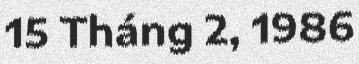
15 Tháng 2, 1986